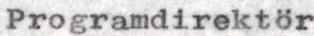
Programdirektör